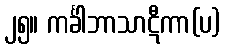
၂၅။ ကင်္ခါဘာသာဋီကာ(ပ)